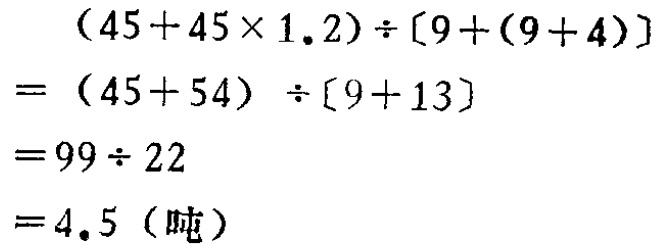
\[
\begin{align*}
&(45 + 45\times1.2)\div[9+(9 + 4)]\\
=&(45 + 54)\div[9 + 13]\\
=&99\div22\\
=&4.5 (\text{吨})
\end{align*}
\]